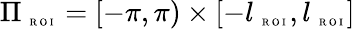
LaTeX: \Pi_{\mathrm{~\tiny~R~O~I~}}=[-\pi,\pi)\times[-l_{\mathrm{~\tiny~R~O~I~}},l_{\mathrm{~\tiny~R~O~I~}}]